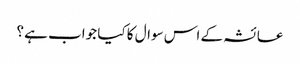
عائشہ کے اس سوال کا کیا جواب ہے ؟